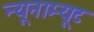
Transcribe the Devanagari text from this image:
न्यूनाम्यूट